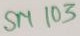
Text: SM103